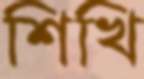
শিখি